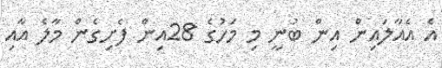
އެ އެއާލައިން އިން ބުނީ މި މަހުގެ 28އިން ފެށިގެން މާލެ އާއި